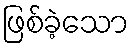
ဖြစ်ခဲ့သော